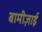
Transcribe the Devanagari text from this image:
बामीज़ाई